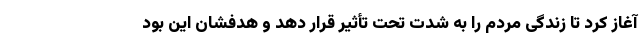
آغاز کرد تا زندگی مردم را به شدت تحت تأثیر قرار دهد و هدفشان این بود